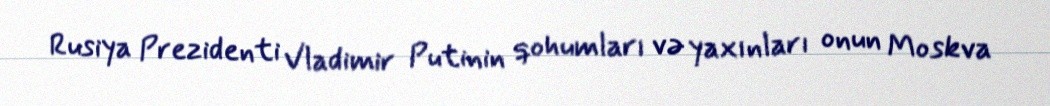
Rusiya Prezidenti Vladimir Putinin qohumları və yaxınları onun Moskva